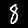
Digit: 8